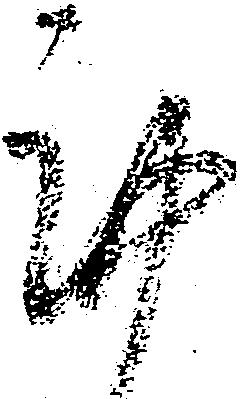
謹